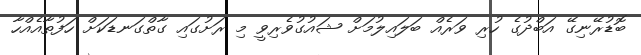
ބޮޑުރޭނިގޭ އަބްދުގެ ހުރި ވަރެއް ބަލައިލުމަށް ޝައުގުވެރިވީ މި ރަށުގައި ގާތްގަނޑަކަށް ހަފުތާއެއްހާ